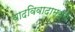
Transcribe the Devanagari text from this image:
वादविवादामध्ये